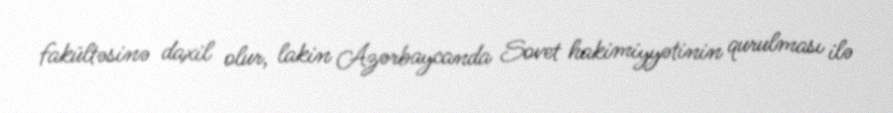
fakültəsinə daxil olur, lakin Azərbaycanda Sovet hakimiyyətinin qurulması ilə